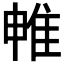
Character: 𨾡